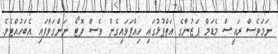
ނަމަވެސް ރައީސް މެޑަމް ފަޒުނާގެ އަތްޕުޅުގައި ހިއްޕަވައިގެން ވެސް ފޮޓޯ ނަންގަވާފައި އެބަހުއްޓެވެ.